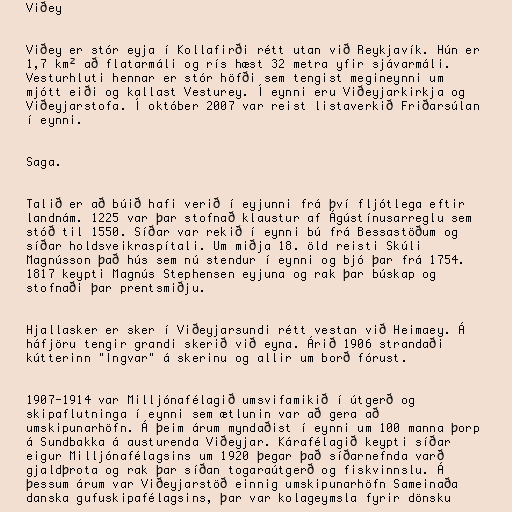
Viðey

Viðey er stór eyja í Kollafirði rétt utan við Reykjavík. Hún er
1,7 km² að flatarmáli og rís hæst 32 metra yfir sjávarmáli.
Vesturhluti hennar er stór höfði sem tengist megineynni um
mjótt eiði og kallast Vesturey. Í eynni eru Viðeyjarkirkja og
Viðeyjarstofa. Í október 2007 var reist listaverkið Friðarsúlan
í eynni.

Saga.

Talið er að búið hafi verið í eyjunni frá því fljótlega eftir
landnám. 1225 var þar stofnað klaustur af Ágústínusarreglu sem
stóð til 1550. Síðar var rekið í eynni bú frá Bessastöðum og
síðar holdsveikraspítali. Um miðja 18. öld reisti Skúli
Magnússon það hús sem nú stendur í eynni og bjó þar frá 1754.
1817 keypti Magnús Stephensen eyjuna og rak þar búskap og
stofnaði þar prentsmiðju.

Hjallasker er sker í Viðeyjarsundi rétt vestan við Heimaey. Á
háfjöru tengir grandi skerið við eyna. Árið 1906 strandaði
kútterinn "Ingvar" á skerinu og allir um borð fórust.

1907-1914 var Milljónafélagið umsvifamikið í útgerð og
skipaflutninga í eynni sem ætlunin var að gera að
umskipunarhöfn. Á þeim árum myndaðist í eynni um 100 manna þorp
á Sundbakka á austurenda Viðeyjar. Kárafélagið keypti síðar
eigur Milljónafélagsins um 1920 þegar það síðarnefnda varð
gjaldþrota og rak þar síðan togaraútgerð og fiskvinnslu. Á
þessum árum var Viðeyjarstöð einnig umskipunarhöfn Sameinaða
danska gufuskipafélagsins, þar var kolageymsla fyrir dönsku